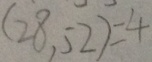
( 2 8 , 5 2 ) = 4